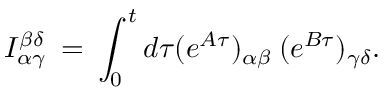
{ \cal I } _ { \alpha \gamma } ^ { \beta \delta } \: = \: \int _ { 0 } ^ { t } d \tau ( e ^ { A \tau } ) _ { \alpha \beta } \: ( e ^ { B \tau } ) _ { \gamma \delta } .